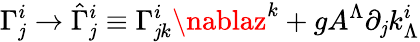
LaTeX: \Gamma_{\mathit{j}}^{i}\rightarrow\hat{{\Gamma}}_{\mathit{j}}^{i}\equiv\Gamma_{\mathit{j}k}^{i}\nablaz^{k}+gA^{\Lambda}\partial_{\mathit{j}}k_{\Lambda}^{i}